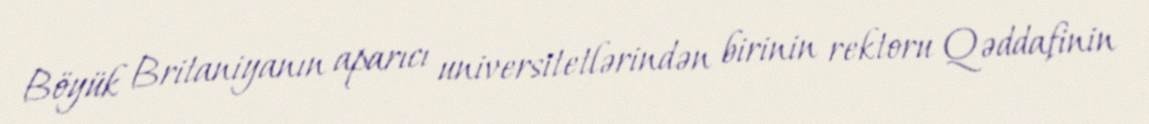
Böyük Britaniyanın aparıcı universitetlərindən birinin rektoru Qəddafinin